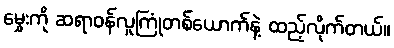
မွှေးကို ဆရာဝန်လူကြုံတစ်ယောက်နဲ့ ထည့်လိုက်တယ်။